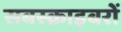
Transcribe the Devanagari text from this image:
सबस्क्राइबरों